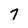
Character: 7